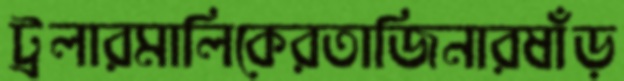
ট্রলারমালিকেরতাজিনারষাঁড়